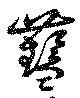
彗